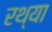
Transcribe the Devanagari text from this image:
रथ्या